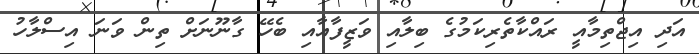
އަދި އިޖްތިމާއީ ރައްކާތެރިކަމުގެ ބިލާއި ވަޒީފާއާއި ބެހޭ ގާނޫނަށް ތިން ވަނަ އިސްލާހު